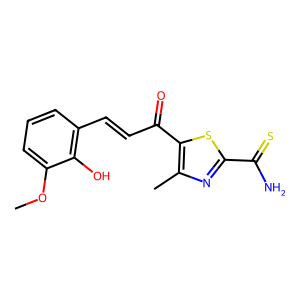
SMILES: COc1cccc(C=CC(=O)c2sc(C(N)=S)nc2C)c1O
Inhibits HIV replication: No